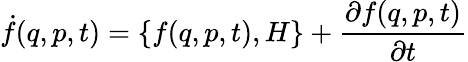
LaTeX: \dot{f}(q,p,t)=\{ f(q,p,t),H\} +\frac{\partial f(q,p,t)}{\partial t}